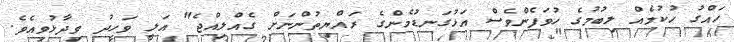
ހައްގު ހުކުމެއް ލިބުމުގެ ހުވަފެންވެސް އަޅުގަނޑުމެންގެ ރައްޔިތުންނަށް ގެއްލިއްޖެ" އަލީ ވަހީދު ވިދާޅުވިއެވެ.